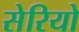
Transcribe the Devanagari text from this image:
सेरियो